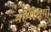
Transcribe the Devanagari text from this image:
मांपेशियों